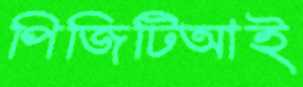
পিজিটিআই